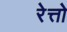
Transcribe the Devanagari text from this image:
रेत्तो